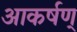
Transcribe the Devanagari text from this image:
आकर्षण्